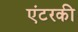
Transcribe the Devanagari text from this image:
एंटरकी